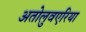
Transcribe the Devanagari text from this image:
अतोलुवएरिया